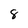
Character: 8